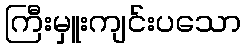
ကြီးမှူးကျင်းပသော